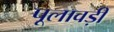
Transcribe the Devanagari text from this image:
पूलावड़ी